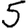
Digit: 5